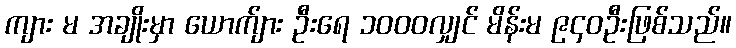
ကျား မ အချိုးမှာ ယောက်ျား ဦးရေ ၁၀၀၀လျှင် မိန်းမ ၉၄၀ဦးဖြစ်သည်။